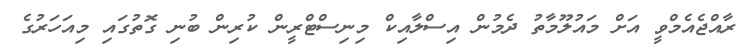
ރާއްޖެއެމްވީ އަށް މައުލޫމާތު ދެމުން އިސްލާއިކް މިނިސްޓްރީން ކުރިން ބުނި ގޮތުގައި މިއަހަރުގެ